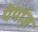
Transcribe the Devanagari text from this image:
पेपांज़